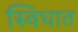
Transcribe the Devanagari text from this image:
स्विघात